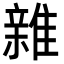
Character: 𮦀